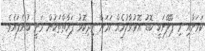
ކަމަށާއި މި ޕްލޭނަކީ ބޮޑު އޮޅުވާލުމެއް ކަމަށް އިދިކޮޅު ފަރާތްތަކުން ވަނީ ބުނެފައެވެ.